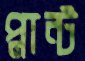
প্লান্ট